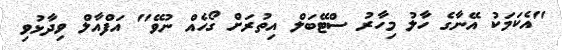
"އެކަމަކު އޭނާގެ ހާލު މިހާރު ސްޓޭބަލް އިތުރަށް ގޯހެއް ނުވޭ" އަފްއާލް ވިދާޅުވި